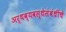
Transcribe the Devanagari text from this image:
अर्थव्यवस्थेसंबंधीचे